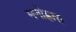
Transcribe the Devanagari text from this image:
मनोह्रास